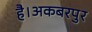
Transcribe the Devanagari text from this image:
है।अकबरपुर